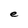
Character: e